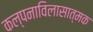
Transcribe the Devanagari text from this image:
कल्पनाविलासात्मक